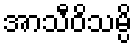
အာသီဝိသမ္ပိ